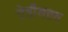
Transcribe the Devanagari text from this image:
चेतीयत्तव